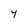
Character: 4